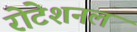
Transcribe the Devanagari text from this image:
रोटेशनल